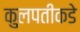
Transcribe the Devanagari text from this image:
कुलपतीकडे